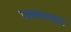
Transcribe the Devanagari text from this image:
धनगरवाडा